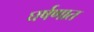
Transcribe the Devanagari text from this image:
घर्षणात